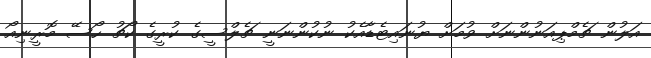
އަލުން ޗެމްޕިއަނުންނަށް ވުމަށް ޔުނައިޓެޑާއެކު ނުކުންނަނީ ޗެލްސީގެ ކުރީގެ ކޯޗު ހޯސޭ މޮރީނިއޯ